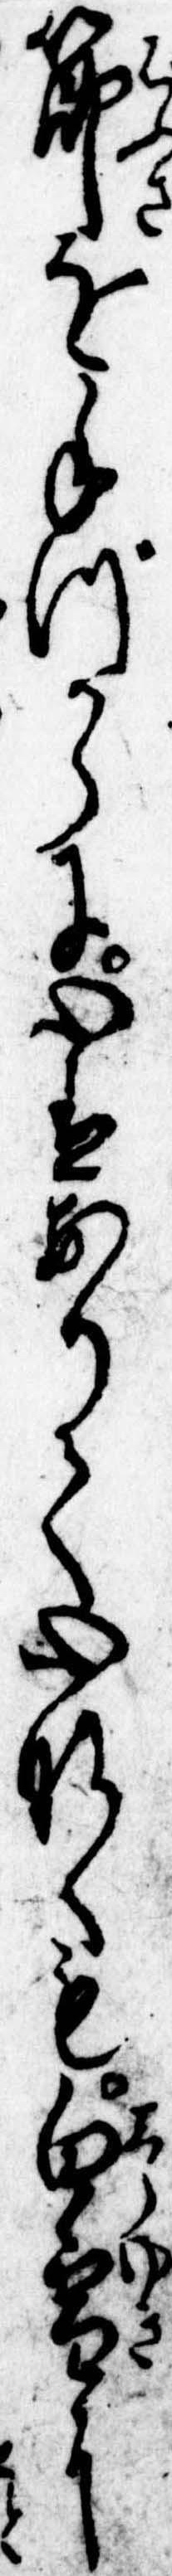
箒を手づからに心はありて心なくも白雪に